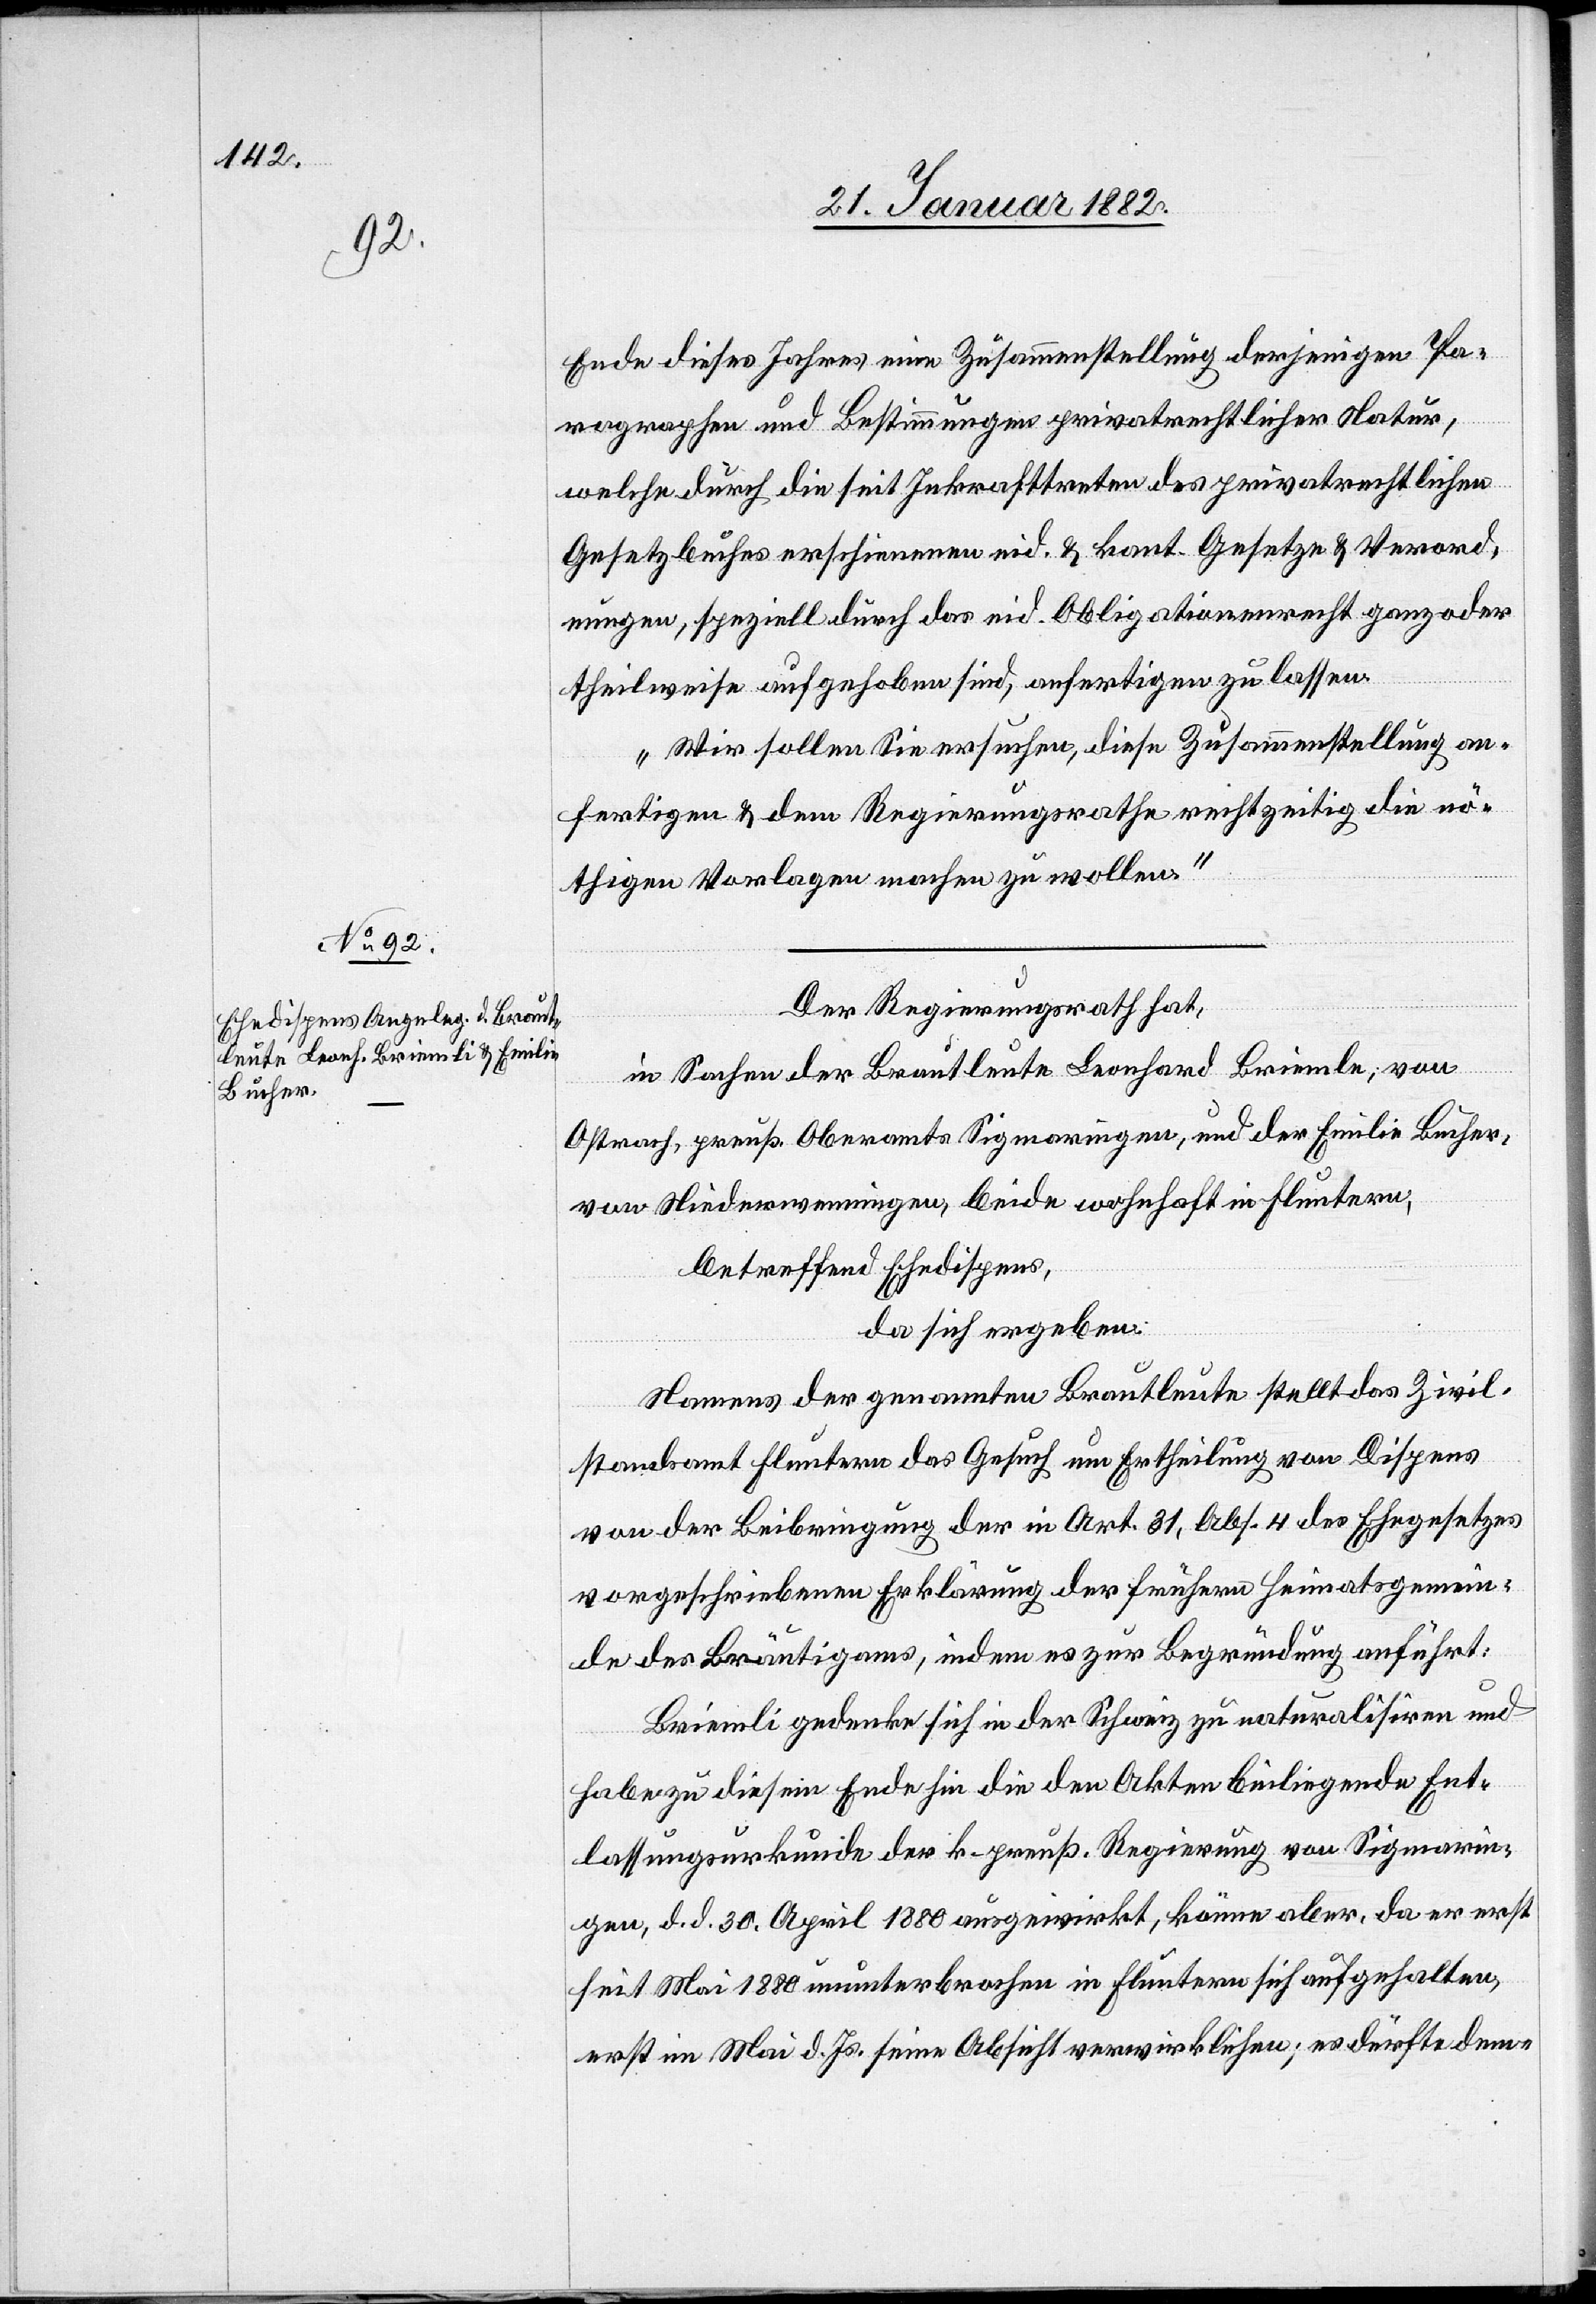
Ende dieses Jahres eine Zusammenstellung derjenigen Pa¬
ragraphen und Bestimmungen privatrechtlicher Natur,
welche durch die seit Inkrafttreten des privatrechtlichen
Gesetzbuches erschienenen eid. & kant. Gesetze & Verord¬
nungen, speziell durch das eid. Obligationenrecht ganz oder
theilweise aufgehoben sind, anfertigen zu lassen.
Wir sollen Sie ersuchen, diese Zusammenstellung an¬
fertigen & dem Regierungsrathe rechtzeitig die nö¬
thigen Vorlagen machen zu wollen“
Der Regierungsrath hat,
in Sachen der Brautleute Leonhard Briemle; von
Ostrach, preuß. Oberamts Sigmaringen, und der Emilie Bucher,
von Niederweningen, beide wohnhaft in Fluntern,
betreffend Ehedispens,
da sich ergeben:
Namens der genannten Brautleute stellt das Zivil¬
standsamt Fluntern das Gesuch um Ertheilung von Dispens
von der Beibringung der in Art. 31, Abs. 4 des Ehegesetzes
vorgeschriebenen Erklärung der frühern Heimatsgemein¬
de des Bräutigams, indem es zur Begründung anführt:
Briemli gedenke sich in der Schweiz zu naturalisiren und
habe zu diesem Ende hin die den Akten beiliegende Ent¬
lassungsurkunde der k. gemäß Regierung von Sigmarin¬
gen, d. d. 30 April 1880 ausgewirkt, könne aber, da er erst
seit Mai 1880 ununterbrochen in Fluntern sich aufgehalten,
erst im Mai d. Js. seine Absicht verwirklichen; es dürfte dem-